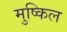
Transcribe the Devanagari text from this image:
मुष्किल